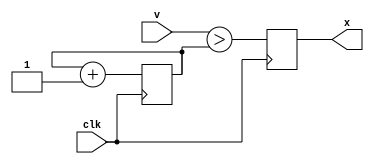
// 10-bit pulse-width modulator
//
// GNSS Firehose
// Copyright (c) 2012 Peter Monta <pmonta@gmail.com>

module pwm(
  input clk,
  input [9:0] v,
  output reg x
);

  reg [9:0] c;

  always @(posedge clk) begin
    c <= c + 1;
    x <= (v>c);
  end

endmodule